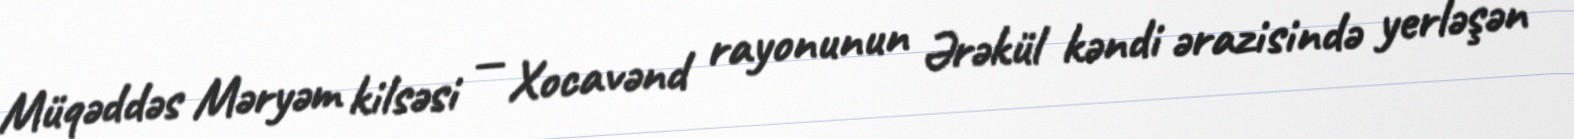
Müqəddəs Məryəm kilsəsi — Xocavənd rayonunun Ərəkül kəndi ərazisində yerləşən